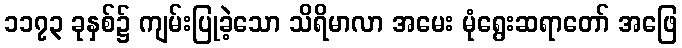
၁၁၇၃ ခုနှစ်၌ ကျမ်းပြုခဲ့သော သိရိမာလာ အမေး မုံရွေးဆရာတော် အဖြေ